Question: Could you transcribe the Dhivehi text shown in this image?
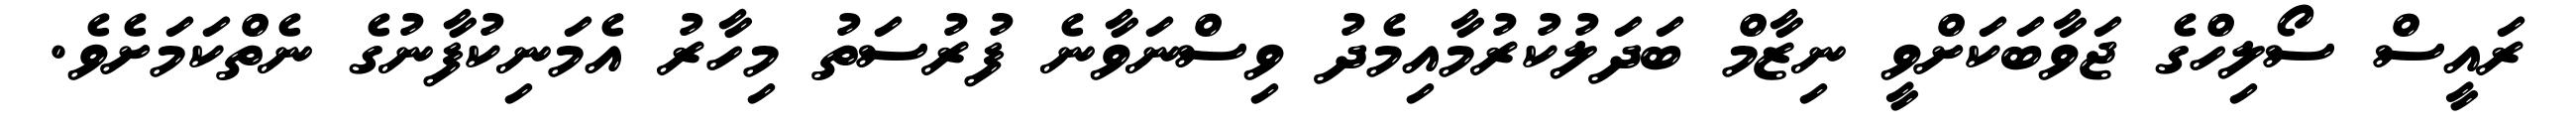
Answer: ރައީސް ސޯލިހްގެ ޖަވާބަކަށްވީ ނިޒާމް ބަދަލުކުރުމާއިމެދު ވިސްނަވާނެ ފުރުސަތު މިހާރު އެމަނިކުފާނުގެ ނެތްކަމަށެވެ.